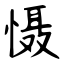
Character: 慑